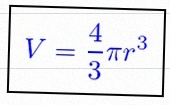
V=\frac43\pi r^3